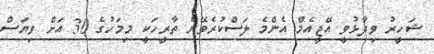
ޝަހީރު ވިދާޅުވީ އޭޖީއެމް އެންމެ ލަސްކުރެވޭނެ ތާރީހަކީ މިމަހުގެ 30 އަށް ވިޔަސް